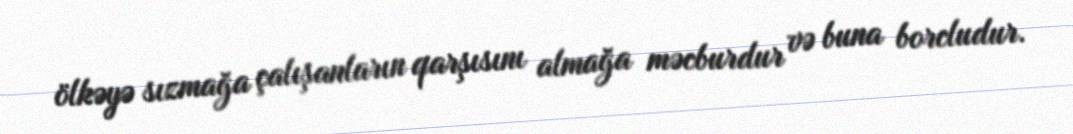
ölkəyə sızmağa çalışanların qarşısını almağa məcburdur və buna borcludur.